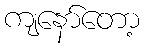
ကျနော်တော့